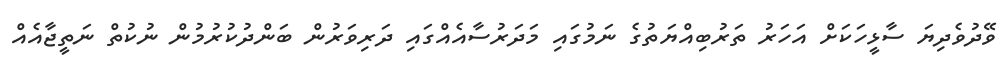
ވޭދުވެދިޔަ ސާޅީހަކަށް އަހަރު ތަރުބިއްޔަތުގެ ނަމުގައި މަދަރުސާއެއްގައި ދަރިވަރުން ބަންދުކުރުމުން ނުކުތް ނަތީޖާއެއް